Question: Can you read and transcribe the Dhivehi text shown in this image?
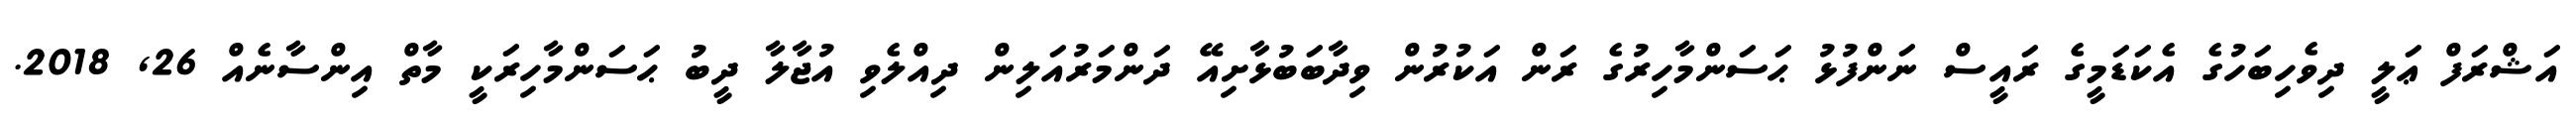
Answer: އަޝްރަފް ޢަލީ ދިވެހިބަހުގެ އެކަޑަމީގެ ރައީސް ނަންފުޅު ޙަސަންމާހިރުގެ ރަން އަކުރުން ވިދާބަބުޅާށިއޭ ދަންމަރުއަލިން ދިއްލެވި އުޖާލާ ދީބު ޙަސަންމާހިރަކީ މާތް އިންސާނެއް 26, 2018.